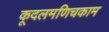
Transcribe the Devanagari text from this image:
कूदलमणिचकाम